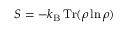
S = - k _ { \mathrm { B } } \, \mathrm { { T r } } ( \rho \ln \rho )